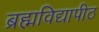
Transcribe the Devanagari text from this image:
ब्रह्मविद्यापीठ